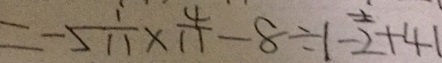
= - 5 \frac { 1 } { 1 1 } \times \frac { 4 } { 1 1 } - 8 \div \vert - 2 + 4 \vert